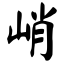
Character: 峭